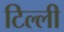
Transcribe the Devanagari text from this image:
टिल्ली